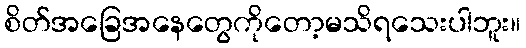
စိတ်အခြေအနေတွေကိုတော့မသိရသေးပါဘူး။